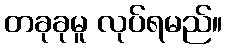
တခုခုမူ လုပ်ရမည်။